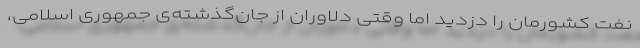
نفت کشورمان را دزدید اما وقتی دلاورانِ از جان‌گذشته‌ی جمهوری اسلامی،